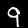
Label: 9